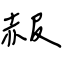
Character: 赧